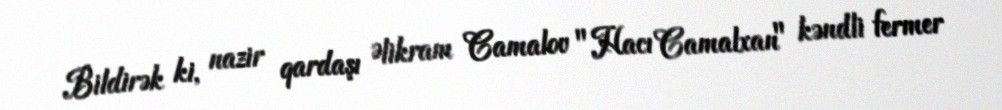
Bildirək ki, nazir qardaşı Əlikram Camalov "Hacı Camalxan" kəndli fermer